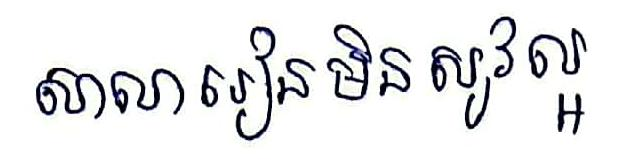
សាលារៀនមិនសូវល្អ